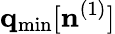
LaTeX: {\mathbf q}_{\mathrm{min}}[{\mathbf n}^{(1)}]